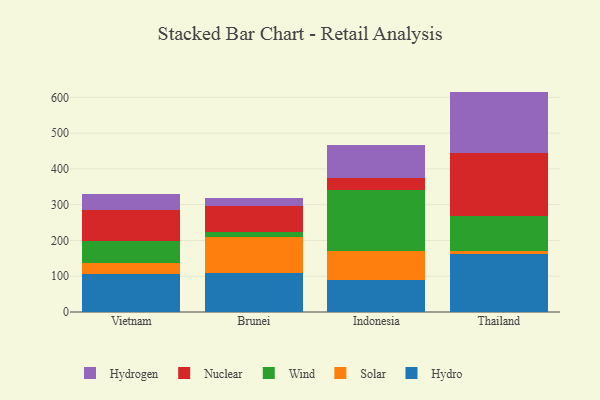
{"axis": {"x": "Country", "y": "Latency (ms)"}, "legend": ["Hydro", "Hydrogen", "Nuclear", "Solar", "Wind"], "data": [{"x": "Vietnam", "y": 106.7, "type": "Hydro"}, {"x": "Vietnam", "y": 29.9, "type": "Solar"}, {"x": "Vietnam", "y": 61.0, "type": "Wind"}, {"x": "Vietnam", "y": 88.2, "type": "Nuclear"}, {"x": "Vietnam", "y": 43.4, "type": "Hydrogen"}, {"x": "Brunei", "y": 108.8, "type": "Hydro"}, {"x": "Brunei", "y": 100.0, "type": "Solar"}, {"x": "Brunei", "y": 13.7, "type": "Wind"}, {"x": "Brunei", "y": 73.9, "type": "Nuclear"}, {"x": "Brunei", "y": 21.5, "type": "Hydrogen"}, {"x": "Indonesia", "y": 89.1, "type": "Hydro"}, {"x": "Indonesia", "y": 81.1, "type": "Solar"}, {"x": "Indonesia", "y": 171.5, "type": "Wind"}, {"x": "Indonesia", "y": 34.2, "type": "Nuclear"}, {"x": "Indonesia", "y": 90.8, "type": "Hydrogen"}, {"x": "Thailand", "y": 161.2, "type": "Hydro"}, {"x": "Thailand", "y": 9.6, "type": "Solar"}, {"x": "Thailand", "y": 98.1, "type": "Wind"}, {"x": "Thailand", "y": 174.2, "type": "Nuclear"}, {"x": "Thailand", "y": 172.9, "type": "Hydrogen"}]}